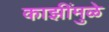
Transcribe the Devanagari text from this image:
काझींमुळे